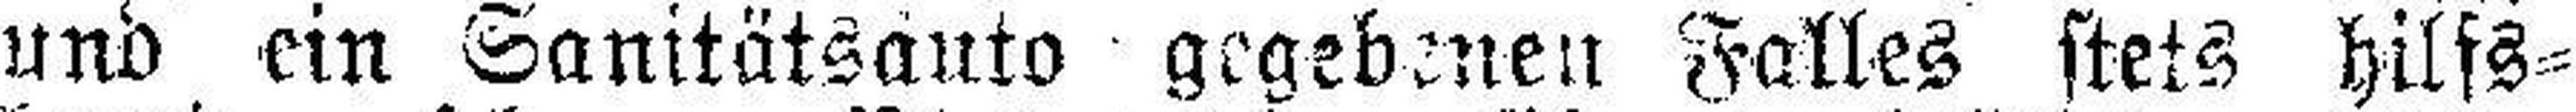
und ein Sanitätsauto gegebenen Falles stets hilfs¬